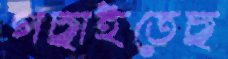
গছাইতেছ